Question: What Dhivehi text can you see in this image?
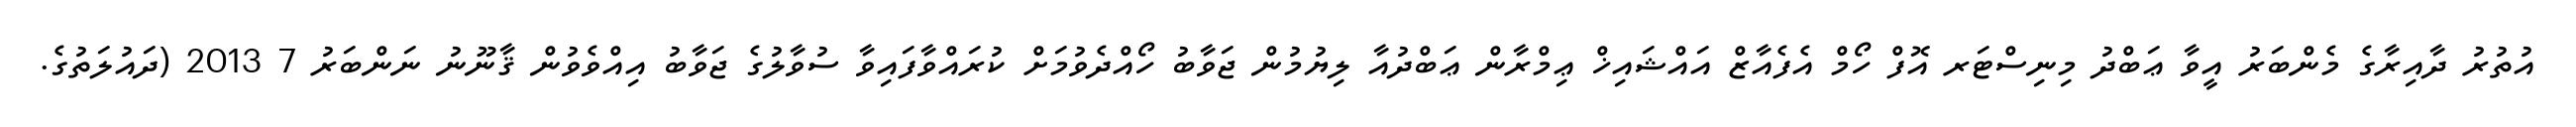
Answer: އުތުރު ދާއިރާގެ މެންބަރު އީވާ ޢަބްދު މިނިސްޓަރ އޮފް ހޯމް އެފެއާޒް އައްޝައިޚް ޢިމްރާން ޢަބްދުއާ ލިޔުމުން ޖަވާބު ހޯއްދެވުމަށް ކުރައްވާފައިވާ ސުވާލުގެ ޖަވާބު އިއްވެވުން ޤާނޫނު ނަންބަރު 7 2013 (ދައުލަތުގެ.